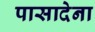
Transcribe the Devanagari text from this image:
पासादेना